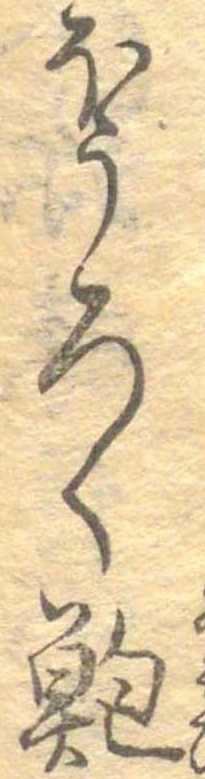
ほうろく鮑